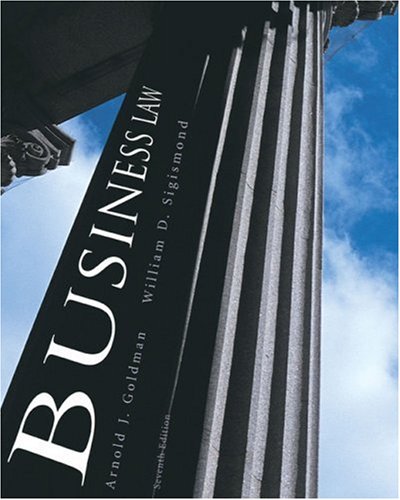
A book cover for Business Law: Principles and Practices, 7th Edition; Arnold J. Goldman; Law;